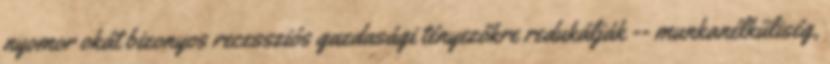
nyomor okát bizonyos recessziós gazdasági tényezőkre redukálják -- munkanélküliség,